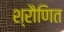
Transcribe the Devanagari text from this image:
श्रौणित